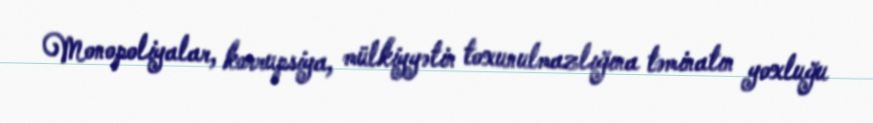
Monopoliyalar, korrupsiya, mülkiyyətin toxunulmazlığına təminatın yoxluğu